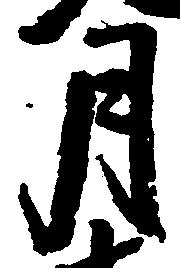
月